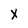
Character: x